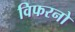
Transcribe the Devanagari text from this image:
विफरनो